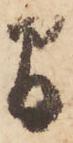
間